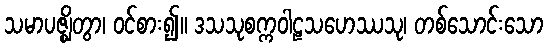
သမာပဇ္ဈိတွာ၊ ဝင်စား၍။ ဒသသုစက္ကဝါဠသဟေဿသု၊ တစ်သောင်းသော